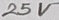
Text: 25V